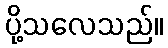
ပို့သလေသည်။